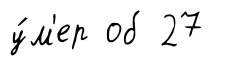
у́м'ер об 27